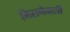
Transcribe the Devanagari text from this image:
गिरानेवाली